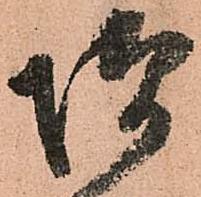
増